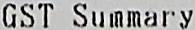
GST SUMMARY